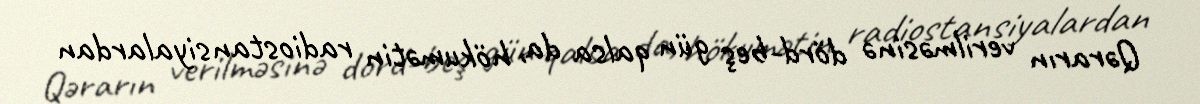
Qərarın verilməsinə dörd-beş gün qalsa da, hökumətin radiostansiyalardan